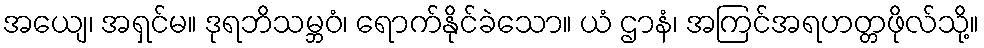
အယျေ၊ အရှင်မ။ ဒုရဘိသမ္ဘဝံ၊ ရောက်နိုင်ခဲသော။ ယံ ဌာနံ၊ အကြင်အရဟတ္တဖိုလ်သို့။